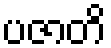
ပဇာတိ